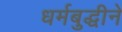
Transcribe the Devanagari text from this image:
धर्मबुद्धीने